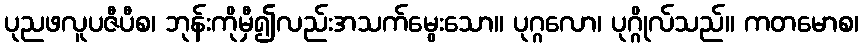
ပုညဖလူပဇီပီစ၊ ဘုန်းကိုမှီ၍လည်းအသက်မွေးသော။ ပုဂ္ဂလော၊ ပုဂ္ဂိုလ်သည်။ ကတမောစ၊